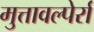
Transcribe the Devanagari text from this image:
मुत्तावल्पेर्रा